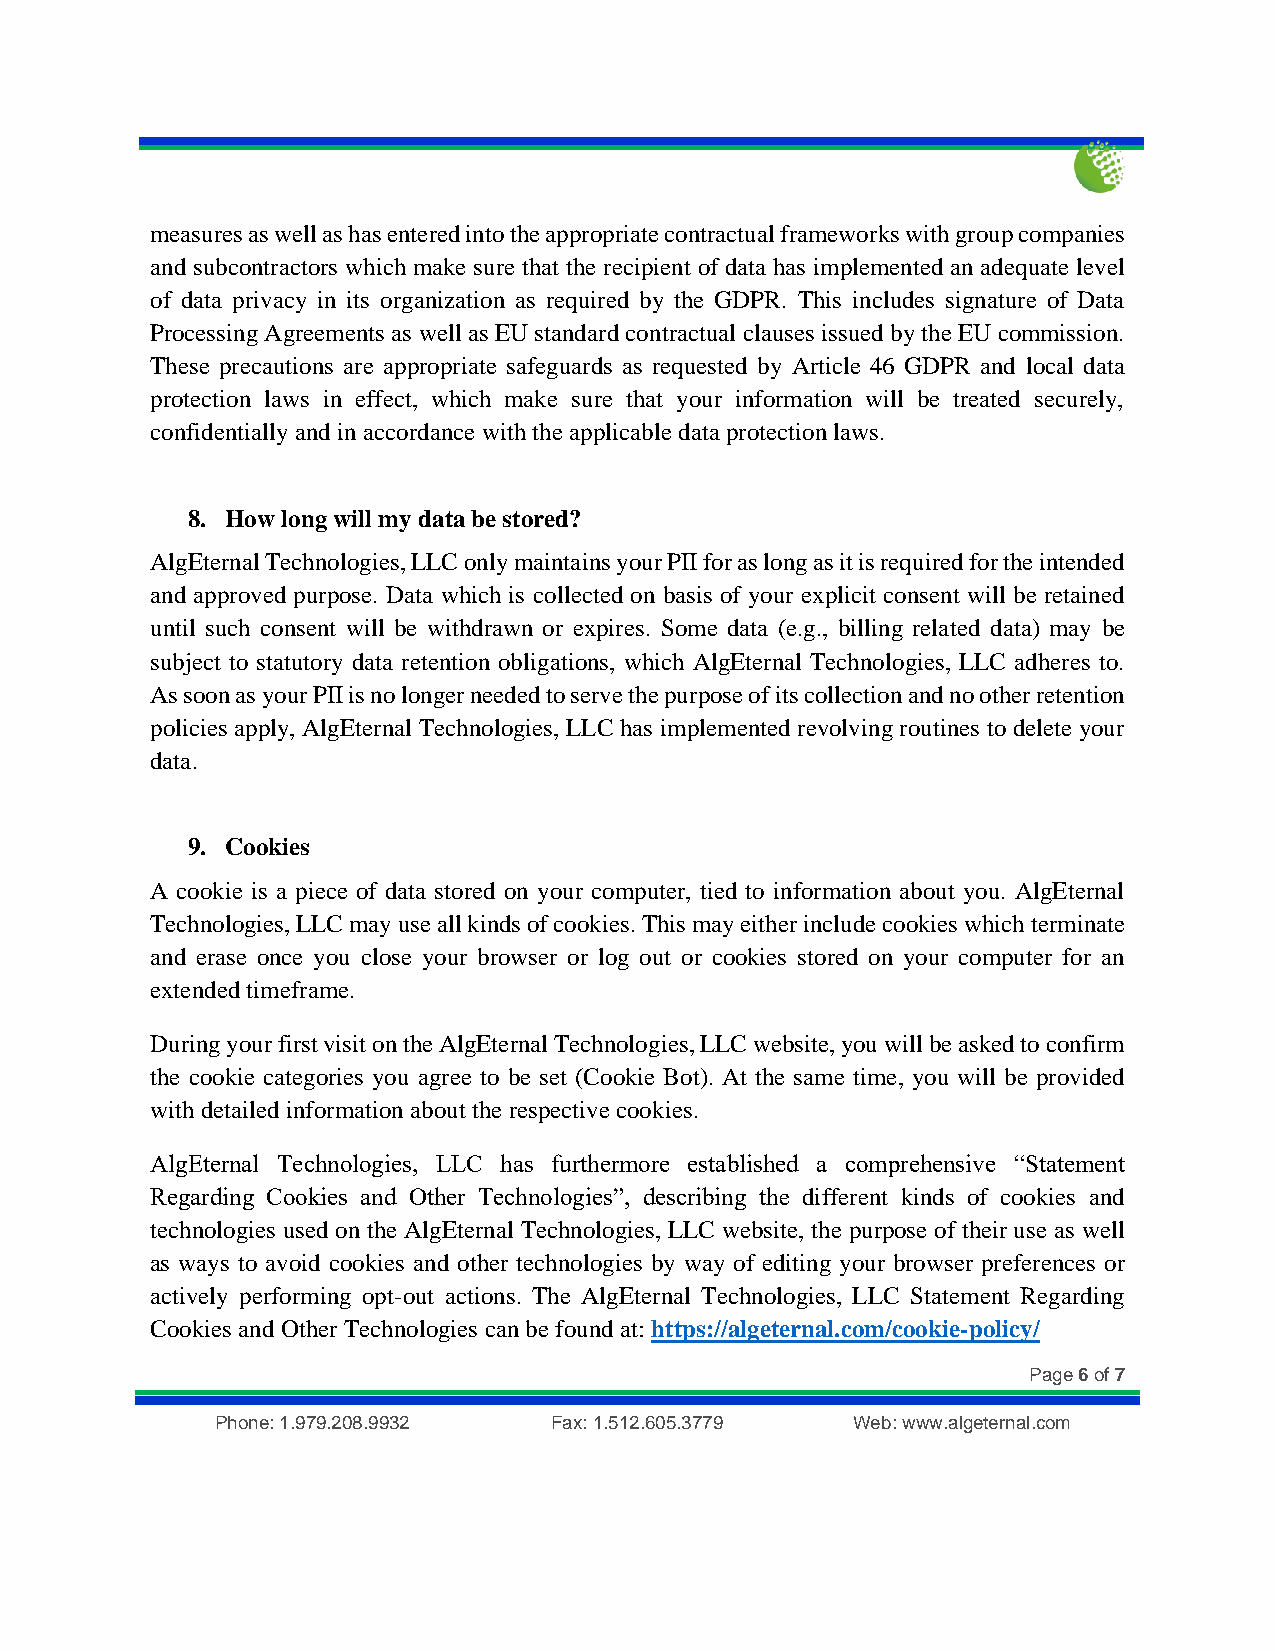
measures as well as has entered into the appropriate contractual frameworks with group companies
 and subcontractors which make sure that the recipient of data has implemented an adequate level
 of data privacy in its organization as required by the GDPR. This includes signature of Data
 Processing Agreements as well as EU standard contractual clauses issued by the EU commission.
 These precautions are appropriate safeguards as requested by Article 46 GDPR and local data
 protection laws in effect, which make sure that your information will be treated securely,
 confidentially and in accordance with the applicable data protection laws.
 8. How long will my data be stored?
 AlgEternal Technologies, LLC only maintains your PII for as long as it is required for the intended
 and approved purpose. Data which is collected on basis of your explicit consent will be retained
 until such consent will be withdrawn or expires. Some data (e.g., billing related data) may be
 subject to statutory data retention obligations, which AlgEternal Technologies, LLC adheres to.
 As soon as your PII is no longer needed to serve the purpose of its collection and no other retention
 policies apply, AlgEternal Technologies, LLC has implemented revolving routines to delete your
 data.
 9. Cookies
 A cookie is a piece of data stored on your computer, tied to information about you. AlgEternal
 Technologies, LLC may use all kinds of cookies. This may either include cookies which terminate
 and erase once you close your browser or log out or cookies stored on your computer for an
 extended timeframe.
 During your first visit on the AlgEternal Technologies, LLC website, you will be asked to confirm
 the cookie categories you agree to be set (Cookie Bot). At the same time, you will be provided
 with detailed information about the respective cookies.
 AlgEternal Technologies, LLC has furthermore established a comprehensive “Statement
 Regarding Cookies and Other Technologies”, describing the different kinds of cookies and
 technologies used on the AlgEternal Technologies, LLC website, the purpose of their use as well
 as ways to avoid cookies and other technologies by way of editing your browser preferences or
 actively performing opt-out actions. The AlgEternal Technologies, LLC Statement Regarding
 Cookies and Other Technologies can be found at: https://algeternal.com/cookie-policy/
 Page 6 of 7
 Phone: 1.979.208.9932 Fax: 1.512.605.3779 Web: www.algeternal.com